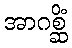
အာဂစ္ဆိံ